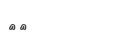
١٠